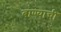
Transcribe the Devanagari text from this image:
बाण्याची